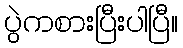
ပွဲကစားပြီးပါပြီ။